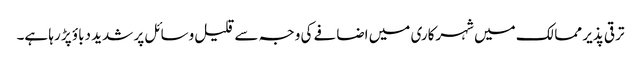
ترقی پذیر ممالک میں شہرکاری میں اضافے کی وجہ سے قلیل وسائل پر شدید دباؤ پڑ رہا ہے۔